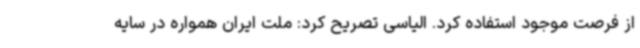
از فرصت موجود استفاده کرد. الیاسی تصریح کرد: ملت ایران همواره در سایه